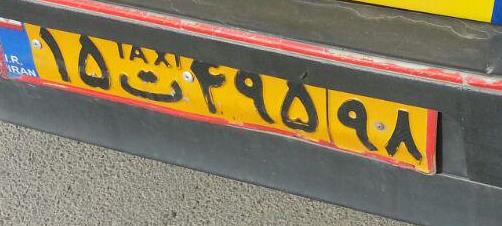
۱۵ت۴۹۵۹۸